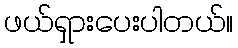
ဖယ်ရှားပေးပါတယ်။